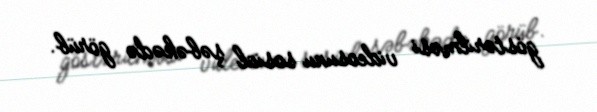
göstərilməsi videosunu sosial şəbəkədə görüb.